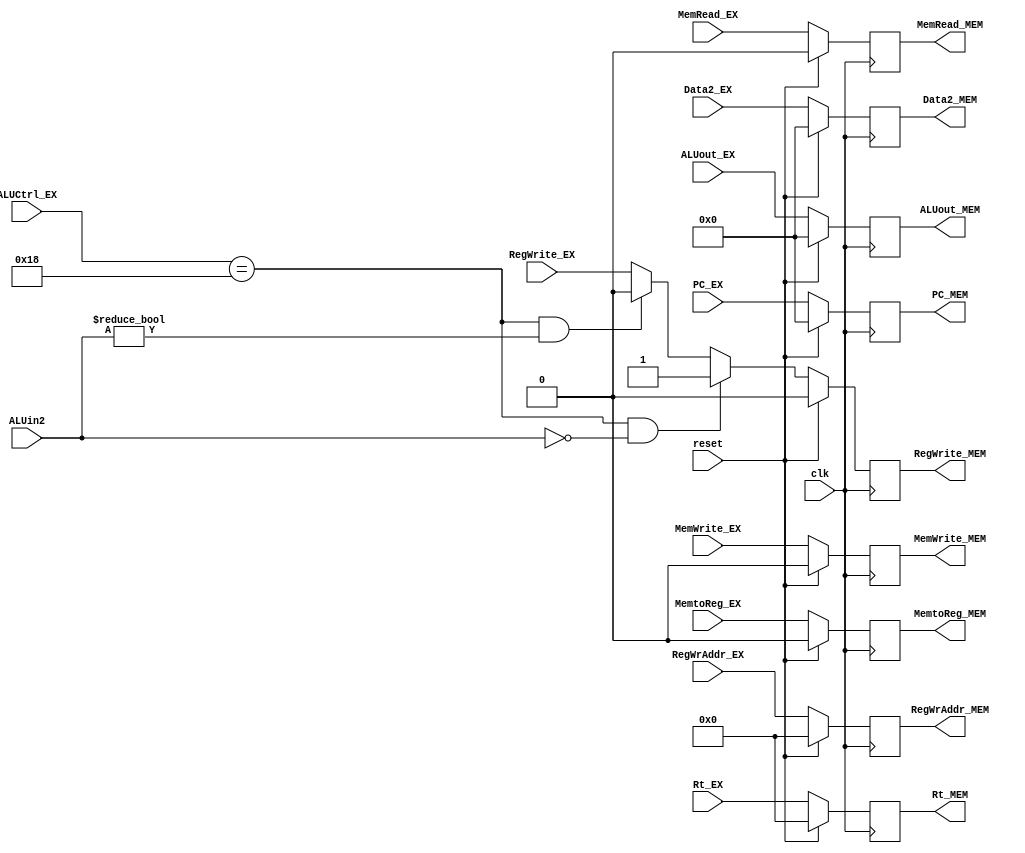
module EX_MEM(
    input clk,
    input reset,

    input RegWrite_EX,
    input MemRead_EX,
    input MemWrite_EX,
    input MemtoReg_EX,
    input [4:0] RegWrAddr_EX,
    input [31:0] ALUout_EX,
    input [31:0] PC_EX,
    input [31:0] Data2_EX,
    input [4:0] Rt_EX,
    input [4:0] ALUCtrl_EX,
    input [31:0] ALUin2,

    output reg RegWrite_MEM,
    output reg MemRead_MEM,
    output reg MemWrite_MEM,
    output reg MemtoReg_MEM,
    output reg [4:0] RegWrAddr_MEM,
    output reg [31:0] ALUout_MEM,
    output reg [31:0] PC_MEM,
    output reg [31:0] Data2_MEM,
    output reg [4:0] Rt_MEM
);

    always @(posedge clk)
    begin
        if (reset)
        begin
            RegWrite_MEM <= 0;
            MemRead_MEM <= 0;
            MemWrite_MEM <= 0;
            MemtoReg_MEM <= 0;
            RegWrAddr_MEM <= 0;
            ALUout_MEM <= 0;
            PC_MEM <= 0;
            Data2_MEM <= 0;
            Rt_MEM <= 0;
        end
        else begin
            //  MOVZALUin20RegWrite_MEM1
            // ALUin20RegWrite_MEM0
            if (ALUCtrl_EX == 5'b11000 && ALUin2 == 0)
                RegWrite_MEM <= 1;
            else if (ALUCtrl_EX == 5'b11000 && ALUin2 != 0)
                RegWrite_MEM <= 0;
            else
                RegWrite_MEM <= RegWrite_EX;
            MemRead_MEM <= MemRead_EX;
            MemWrite_MEM <= MemWrite_EX;
            MemtoReg_MEM <= MemtoReg_EX;            
            RegWrAddr_MEM <= RegWrAddr_EX;
            ALUout_MEM <= ALUout_EX;
            PC_MEM <= PC_EX;
            Data2_MEM <= Data2_EX;
            Rt_MEM <= Rt_EX;
        end
    end

endmodule